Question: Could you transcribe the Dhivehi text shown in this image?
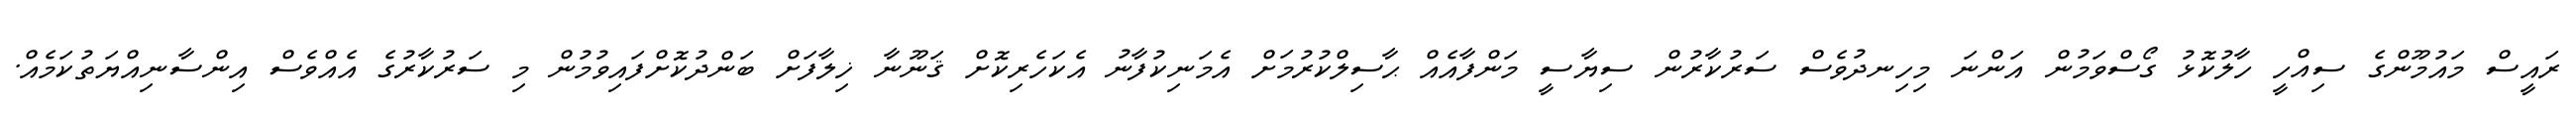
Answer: ރައީސް މައުމޫންގެ ސިއްހީ ހާލުކޮޅު ގޯސްވަމުން އަންނަ މިހިނދުވެސް ސަރުކާރުން ސިޔާސީ މަންފާއެއް ޙާސިލްކުރުމަށް އެމަނިކުފާނު އެކަހެރިކޮށް ޤަނޫނާ ޚިލާފަށް ބަންދުކޮށްފައިވުމުން މި ސަރުކާރުގެ އެއްވެސް އިންސާނިއްޔަތުކަމެއް.